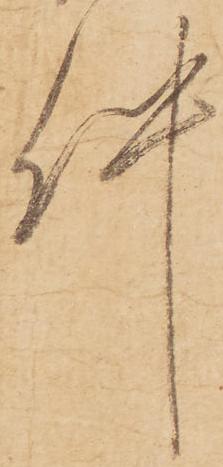
件